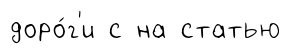
доро́г'и с на статью